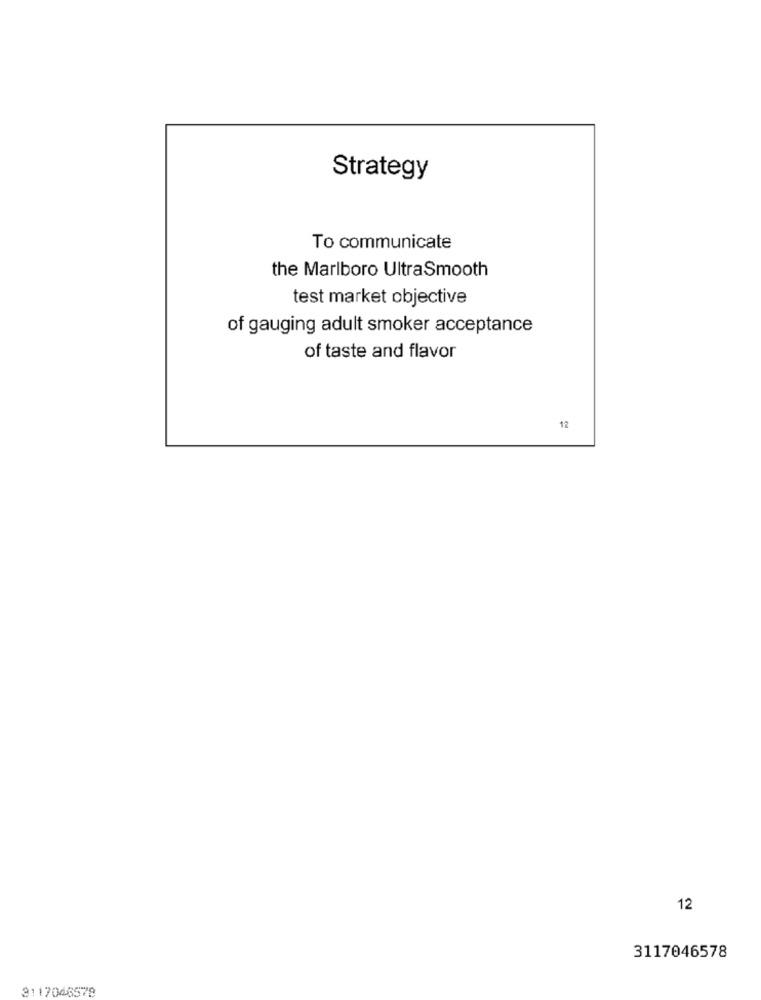
Strategy
To communicate
the Marlboro UltraSmooth
test market objective
of gauging adult smoker acceptance
of taste and flavor
12
12
3117046578
3117046578